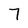
Character: 7